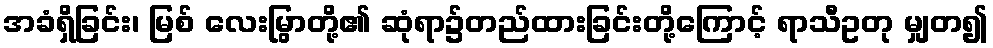
အခံရှိခြင်း၊ မြစ် လေးမြွာတို့၏ ဆုံရာ၌တည်ထားခြင်းတို့ကြောင့် ရာသီဥတု မျှတ၍